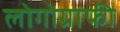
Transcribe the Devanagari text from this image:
लोगोग्राफी